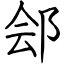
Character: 郐